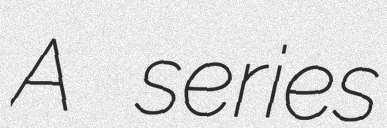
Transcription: A series